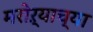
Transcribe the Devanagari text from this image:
मरोऱ्याच्या